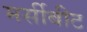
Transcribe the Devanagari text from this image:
मर्सीबीट